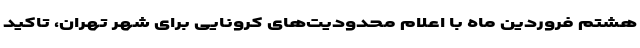
هشتم فروردین ماه با اعلام محدودیت‌های کرونایی برای شهر تهران، تاکید